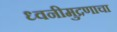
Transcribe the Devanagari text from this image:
ध्वनीमुद्रणाचा